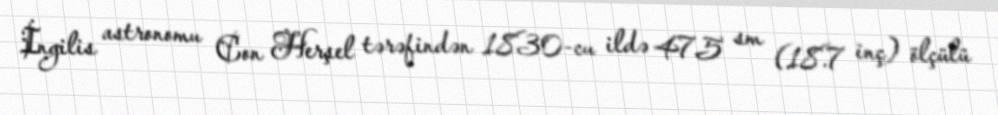
İngilis astronomu Con Herşel tərəfindən 1830-cu ildə 47.5 sm (18.7 inç) ölçülü